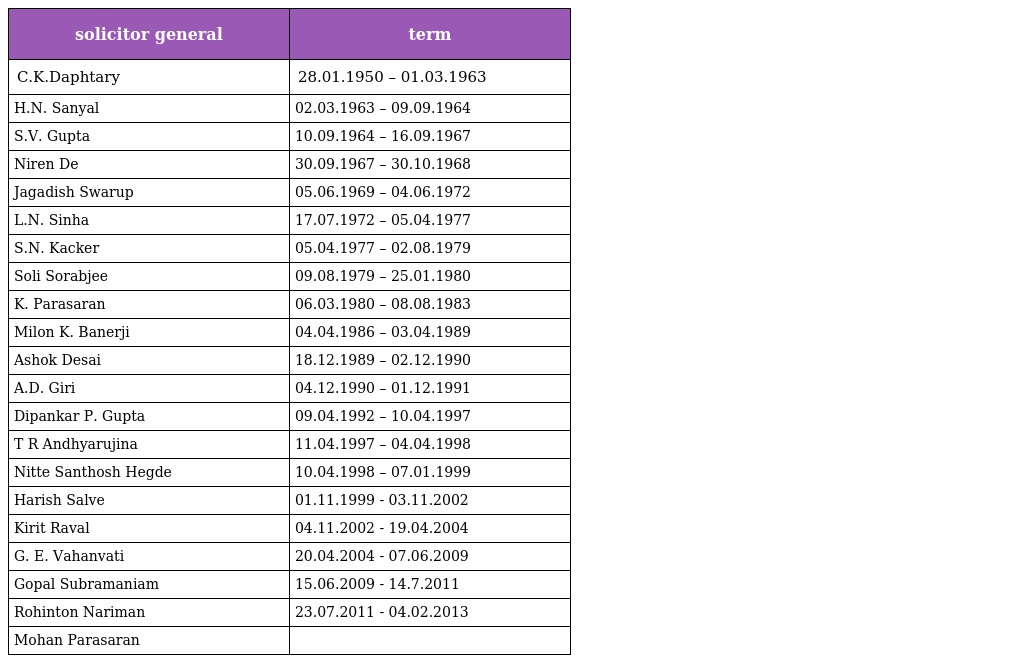
| solicitor general | term |
 | --- | --- |
 | C.K.Daphtary | 28.01.1950 – 01.03.1963 |
 | H.N. Sanyal | 02.03.1963 – 09.09.1964 |
 | S.V. Gupta | 10.09.1964 – 16.09.1967 |
 | Niren De | 30.09.1967 – 30.10.1968 |
 | Jagadish Swarup | 05.06.1969 – 04.06.1972 |
 | L.N. Sinha | 17.07.1972 – 05.04.1977 |
 | S.N. Kacker | 05.04.1977 – 02.08.1979 |
 | Soli Sorabjee | 09.08.1979 – 25.01.1980 |
 | K. Parasaran | 06.03.1980 – 08.08.1983 |
 | Milon K. Banerji | 04.04.1986 – 03.04.1989 |
 | Ashok Desai | 18.12.1989 – 02.12.1990 |
 | A.D. Giri | 04.12.1990 – 01.12.1991 |
 | Dipankar P. Gupta | 09.04.1992 – 10.04.1997 |
 | T R Andhyarujina | 11.04.1997 – 04.04.1998 |
 | Nitte Santhosh Hegde | 10.04.1998 – 07.01.1999 |
 | Harish Salve | 01.11.1999 - 03.11.2002 |
 | Kirit Raval | 04.11.2002 - 19.04.2004 |
 | G. E. Vahanvati | 20.04.2004 - 07.06.2009 |
 | Gopal Subramaniam | 15.06.2009 - 14.7.2011 |
 | Rohinton Nariman | 23.07.2011 - 04.02.2013 |
 | Mohan Parasaran |  |